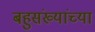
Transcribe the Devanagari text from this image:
बहुसंख्यांच्या